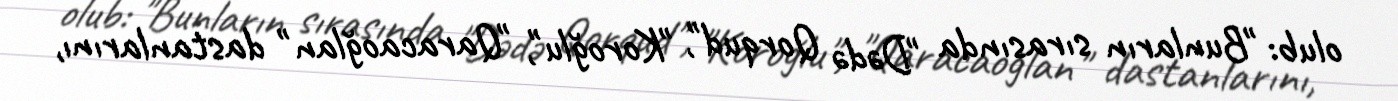
olub: "Bunların sırasında "Dədə Qorqud", "Koroğlu", "Qaracaoğlan" dastanlarını,